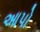
આપો